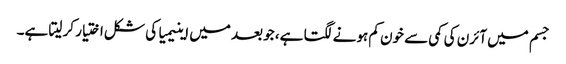
جسم میں آئرن کی کمی سے خون کم ہونے لگتا ہے، جو بعد میں اینیمیا کی شکل اختیار کر لیتا ہے۔